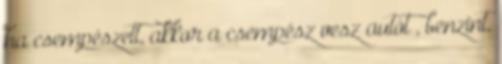
ha csempészett, akkor a csempész vesz autót , benzint,